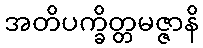
အတိပက္ခိတ္တမဇ္ဇာနိ